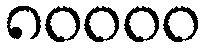
၈၀၀၀၀